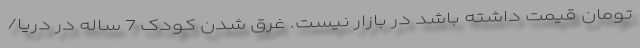
تومان قیمت داشته باشد در بازار نیست. غرق شدن کودک 7 ساله در دریا/